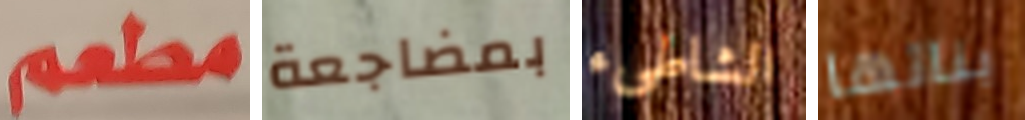
مطعم بمضاجعة الشاطىء بنائها